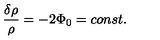
\frac { \delta \rho } { \rho } = - 2 \Phi _ { 0 } = c o n s t .